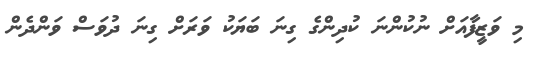
މި ވަޒީފާއަށް ނުކުންނަ ކުދިންގެ ގިނަ ބަޔަކު ވަރަށް ގިނަ ދުވަސް ވަންދެން